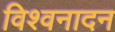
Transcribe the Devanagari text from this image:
विश्वनादन